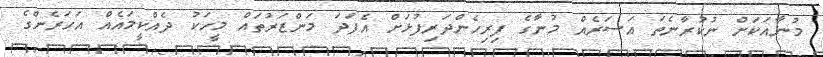
މުނާއަކަށް ނުކުރާނެތަ އަސަރެއް މުނާގެ ފިރިހެންދަރިފުޅަށް އެފަދަ މަންޒަރުތައް މީހަކު ދެއްކީމައެއް އަހަރެންގެ